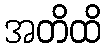
အတိထိ